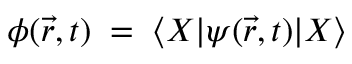
\phi ( \vec { r } , t ) \; = \; \langle X | \psi ( \vec { r } , t ) | X \rangle